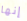
إنها